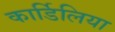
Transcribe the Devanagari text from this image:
कार्डिलिया